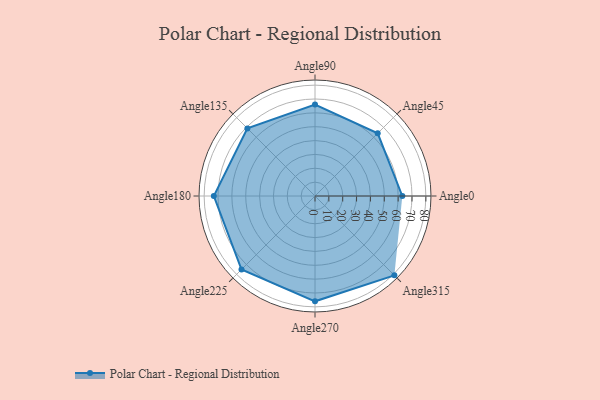
{"axis": {"x": "Angle", "y": "Radius"}, "legend": [""], "data": [{"x": "Angle0", "y": 63.0, "type": ""}, {"x": "Angle45", "y": 64.0, "type": ""}, {"x": "Angle90", "y": 66.0, "type": ""}, {"x": "Angle135", "y": 69.0, "type": ""}, {"x": "Angle180", "y": 73.0, "type": ""}, {"x": "Angle225", "y": 75.0, "type": ""}, {"x": "Angle270", "y": 76.0, "type": ""}, {"x": "Angle315", "y": 81.0, "type": ""}]}